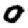
Digit: 9